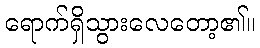
ရောက်ရှိသွားလေတော့၏။